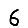
Digit: 6